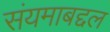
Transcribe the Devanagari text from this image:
संयमाबद्दल